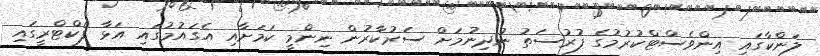
ލަންކާގައި އިންވެސްޓްކުރުމުގެ ފުރުސަތު ނުދިނުމަށް ސަރުކާރުން ނިންމީ ކަމަށާއި އެގައުމުގައި އަޅާ ފެކްޓްރީގައި